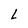
Character: L